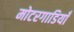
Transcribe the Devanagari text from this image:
मोटरगाडियाँ